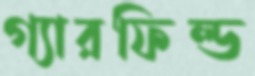
গ্যারফিল্ড